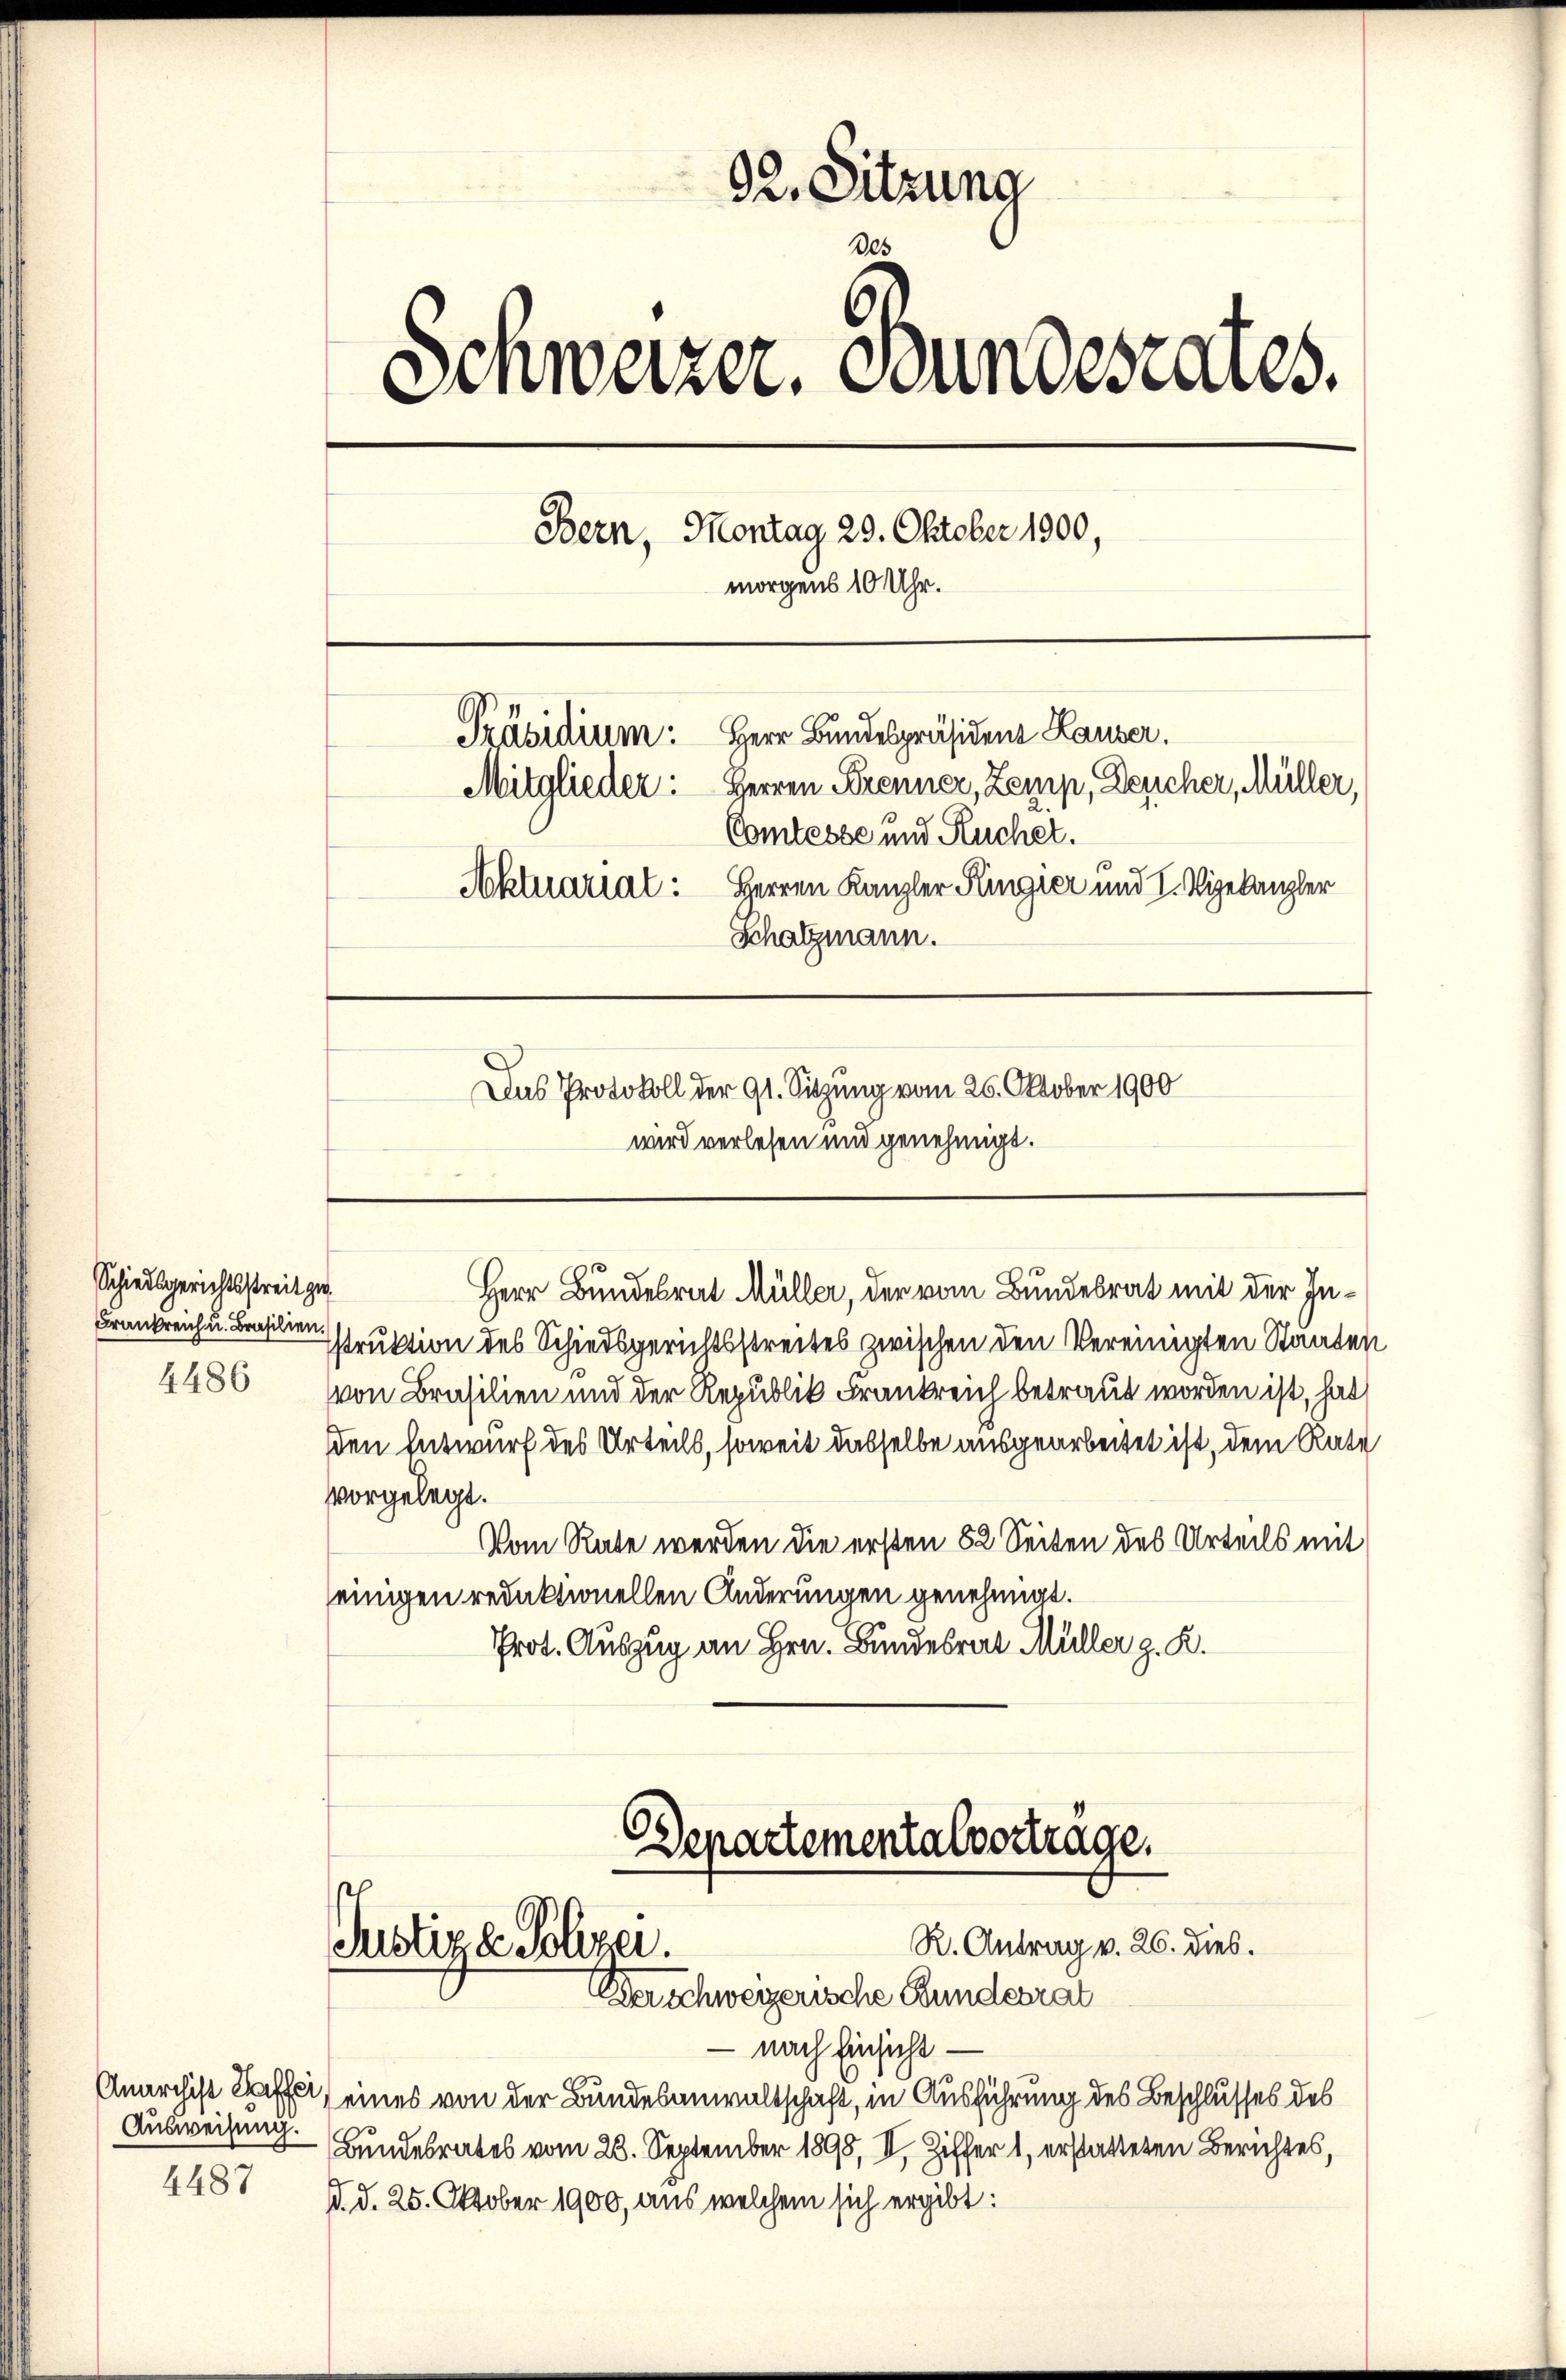
Schiedsgerichtsstreit zu
Frankreich u. Brasilien.
4486

Anarchist Haffer
Ausweisung.
4487

92. Sitzuna
Des
Schweizer. Bundesrates.
Bern, Montag 29. Oktober 1900,
morgens 10 Uhr.
Präsidium: Herr Bundespräsident Lauser.
Mitglieder: Herren Brenner, Zemp, Deucher, Müller,
Comtesse und Kucher.
Herren Kanzler Ringier und I. Vizekanzler
Aktuariat:
Schatzmann.
Das Protokoll der 91. Sitzung vom 26. Oktober 1900
wird verlesen und genehmigt.

Herr Bundesrat Müller, der vom Bundesrat mit der In¬
Istruktion des Schiedsgerichtsstreites zwischen den Vereinigten Staaten
von Brasilien und der Republik Frankreich betraut worden ist, hat
den Entwurf des Urteils, soweit dasselbe ausgearbeitet ist, dem Rate
vorgelegt.
Vom Rate werden die ersten 52 Seiten des Urteils mit
einigen redaktionellen Änderungen genehmigt.
Prot. Auszug an Hrn. Bundesrat Müller z. R.

Departementalvertrage.
R. Antrag v. 26. dies.
Justiz & Polizei.
Kerschweizerische Bundesrat

- nach Einsichteines von der Bundesanwaltschaft, in Ausführung des Beschlusses des
Bundesrates vom 28. September 1890, II. Ziffer 1, erstatteten Berichtes,
d. d. 25. Oktober 1900, aus welchem sich ergibt: